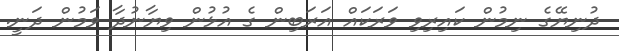
ދުނިޔޭގެ ނިމުން ކައިރިވި ވަރަކައް އަރަބިން ގެ އުޅުން ވިޔާނުދާ ވަމުން ދަނީ.